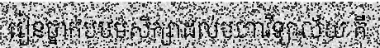
រៀនថ្នាក់បឋមសិក្សាដល់មហាវិទ្យាល័យ គឺ